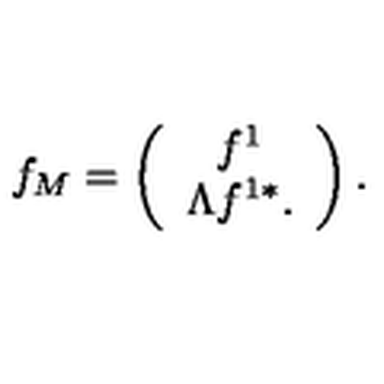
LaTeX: f _ { M } = \left( \begin{array} { c } { f ^ { 1 } } \\ { \Lambda f ^ { 1 * } . } \\ \end{array} \right) .